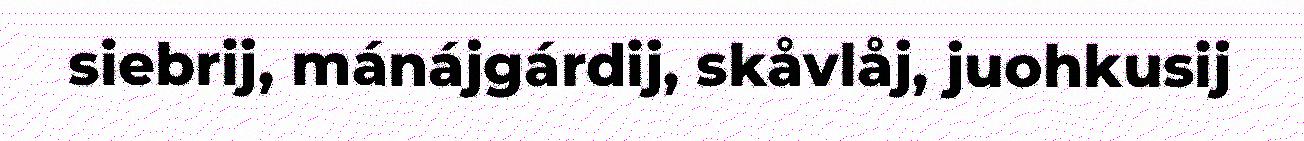
siebrij, mánájgárdij, skåvlåj, juohkusij